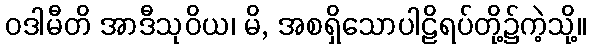
ဝဒါမီတိ အာဒီသုဝိယ၊ မိ, အစရှိသောပါဠိရပ်တို့၌ကဲ့သို့။